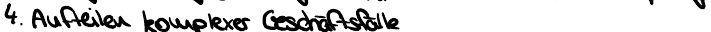
4. Aufteilen komplexer Geschäftsfälle